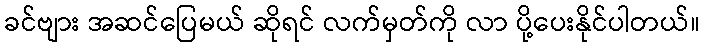
ခင်ဗျား အဆင်ပြေမယ် ဆိုရင် လက်မှတ်ကို လာ ပို့ပေးနိုင်ပါတယ်။